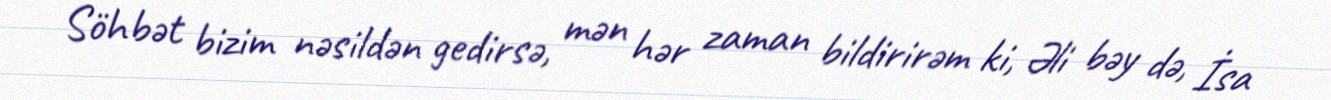
Söhbət bizim nəsildən gedirsə, mən hər zaman bildirirəm ki, Əli bəy də, İsa